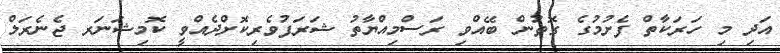
އަދި މި ހަރަކާތް ފެށުމުގެ ގޮތުން ބޭއްވި ރަސްމިއްޔާތު ޝަރަފުވެރިކޮށްދެއްވީ ކޮމިޝަނަރ ޖެނެރަލް